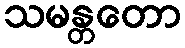
သမန္တတော